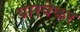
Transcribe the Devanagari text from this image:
पारवेकर